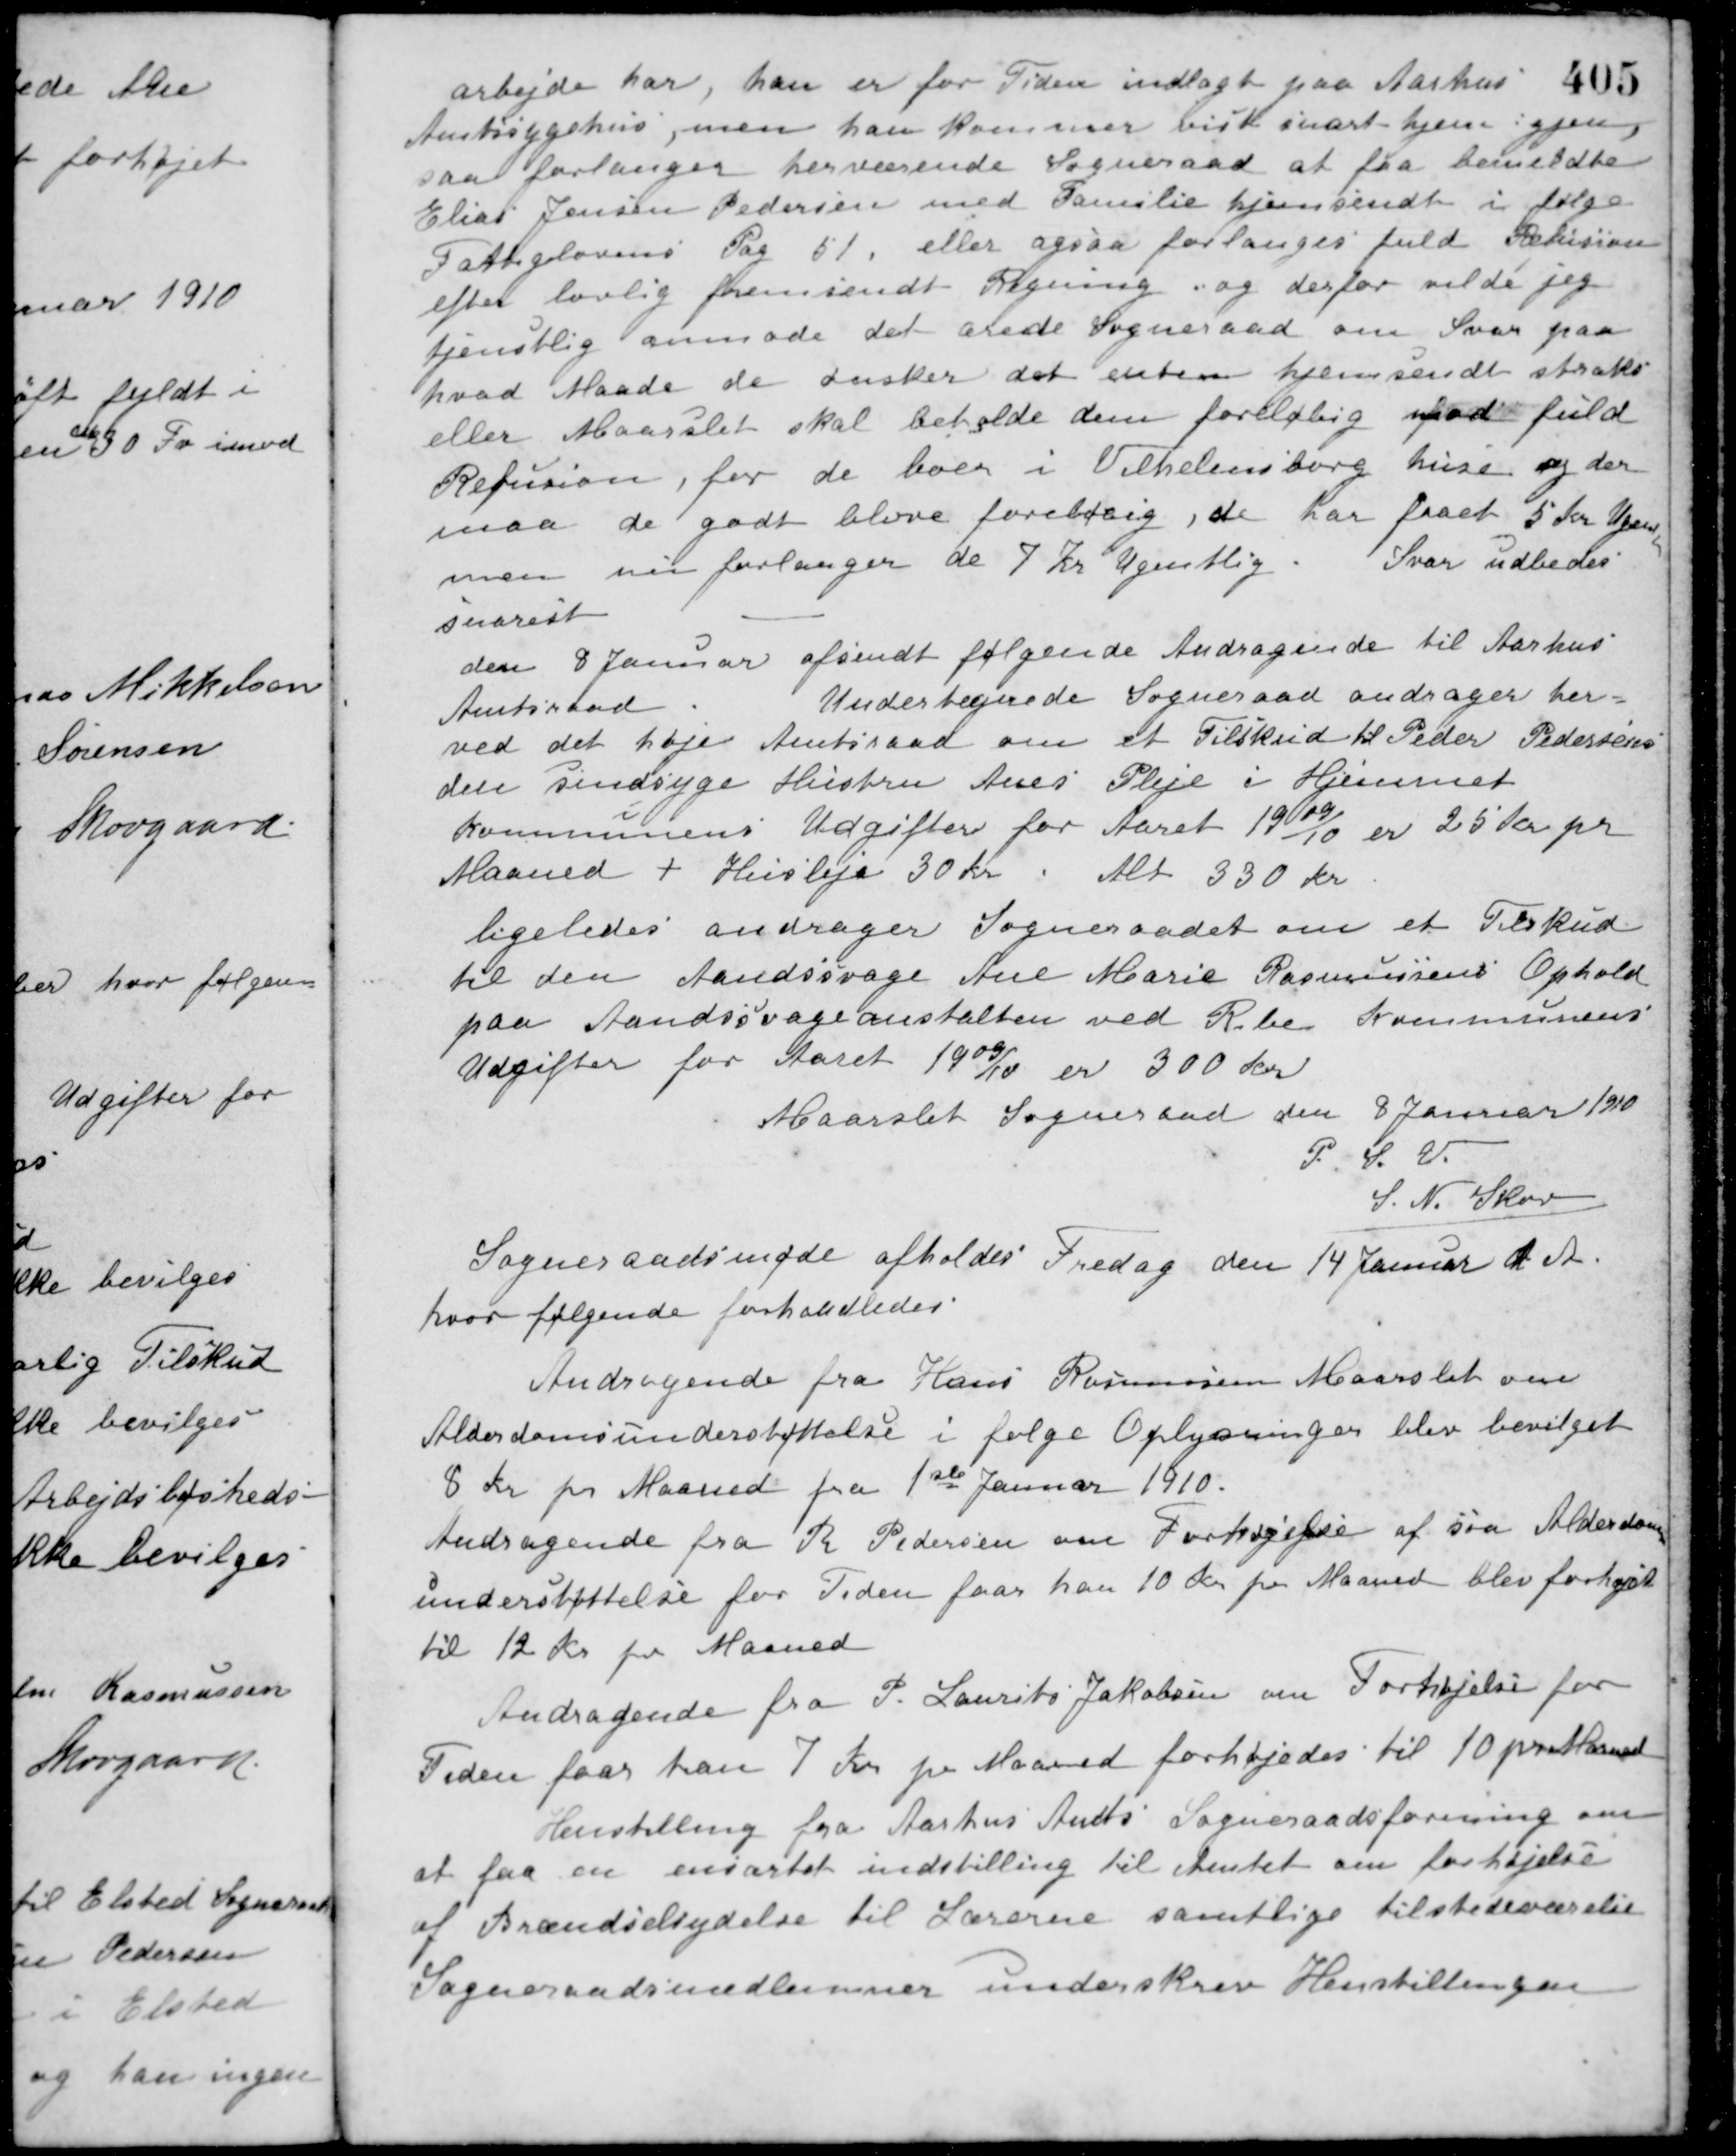
Transskription:
arbejde har, han er for Tiden indlagt paa Aarhus
Amtssygehus, men han kommer vist snart hjem igjen
saa forlanger herværende Sogneraad at faa bemeldte
Elias Jensen Pedersen med Familie hjemsendt i følge
Fattiglovens Pag 51, eller ogsaa forlanges fuld Refusion
efter lovlig fremsendt Regning, og derfor vilde jeg
tjenstlig anmode det ærede Sogneraad om Svar paa
hvad Maade de ønsker det enten hjemsendt straks
eller Maarslet skal beholde dem foreløbig mod fuld
Refusion, for de boer i Vilhelmsborg huse og der
maa de godt blive foreløbig, de har faaet 5 Kr. Ugen
men nu forlanger de 7 Kr. Ugentlig.
Svar udbedes
snarest
den 8 Januar afsendt følgende Andragende til Aarhus
Amtsraad
Undertegnede Sogneraad andrager her-
ved det høje Amtsraad om et Tilskud til Peder Pedersens
den sindsyge Hustru Anes Pleje i Hjemmet
Kommunens Udgifter for Aaret 1909/10 er 25 Kr pr.
Maaned + Husleje 30 Kr i Alt 330 Kr.
ligeledes andrager Sogneraadet om et Tilskud
til den Aandssvage Ane Marie Rasmussens Ophold
paa Aandssvageanstalten ved Ribe Kommunens
Udgifter for Aaret 1909/10 er 300 Kr.
Maarslet Sogneraad den 8 Januar 1910
P. S. V.
S. N. Skov
Sogneraadsmøde afholdes Fredag den 14 Januar d. A.
hvor følgende forhandledes.
Andragende fra Hans Rasmussen Maarslet om
Alderdomsunderstøttelse i følge Oplysninger blev bevilget
8 Kr. pr. Maaned fra 1ste Januar 1910.
Andragende fra R. Pedersen om Forhøjelse af sin Alderdoms-
understøttelse for Tiden faar han 10 Kr. pr. Maaned blev forhøjet
til 12 Kr. pr. Maaned
Andragende fra P. Laurits Jakobsen om Forhøjelse for
Tiden faar han 7 Kr. pr. Maaned forhøjedes til 10 pr. Maaned
Henstilling fra Aarhus Amts Sogneraadsforening om
at faa en ensartet indstilling til Amtet om forhøjelse
af Brændselsydelse til Lærerne samtlige tilstedeværelse
Sogneraadsmedlemmer underskrev Henstillingen.